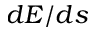
d E / d s